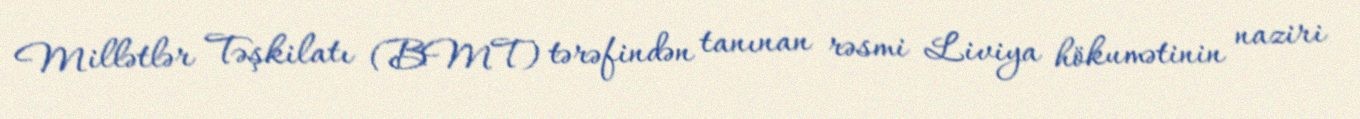
Millətlər Təşkilatı (BMT) tərəfindən tanınan rəsmi Liviya hökumətinin naziri